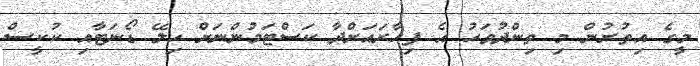
މީގެ އިތުރުން މި ތިންދުވަހު އެ ފިހާރައަށްދާ ކަސްޓަމުންނަށް ހިލޭ ޑޯނަޓާއި ކުކީސް